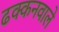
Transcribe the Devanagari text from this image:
ढक्कनवाले